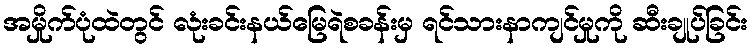
အမှိုက်ပုံထဲတွင် လုံးခင်းနယ်မြေရဲစခန်းမှ ရင်သားနာကျင်မှုကို ဆီးချုပ်ခြင်း